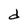
Character: d